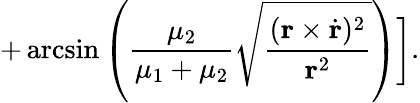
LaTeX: +\arcsin\left(\frac{\mu_{2}}{\mu_{1}+\mu_{2}}\sqrt{\frac{({\mathbf r}\times\dot{{\mathbf r}})^{2}}{{\mathbf r}^{2}}}\right)\biggr].